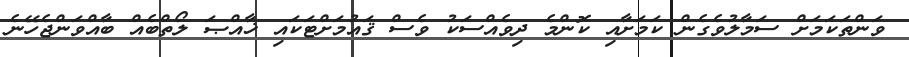
ވަންތަކަމަށް ސަމާލުވެގެން ކަމަށާއި ކޮންމެ ދިވެއްސަކު ވެސް ޤައުމަށްޓަކައި ޚާއްޞަ ލޯތްބެއް ބާއްވަންޖެހޭނެ